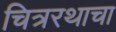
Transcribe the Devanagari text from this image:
चित्ररथाचा